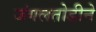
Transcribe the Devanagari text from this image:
जंगलतोडीने